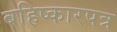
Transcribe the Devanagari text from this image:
बहिष्कारपत्र